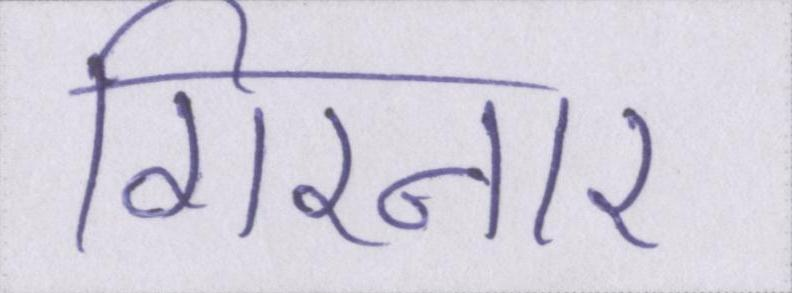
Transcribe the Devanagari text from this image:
गिरनार